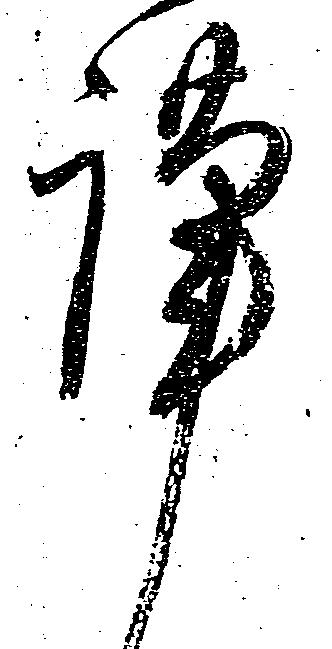
謹